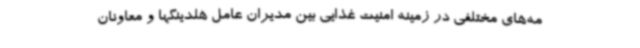
مه‌های مختلفی در زمینه امنیت غذایی بین مدیران عامل هلدینگها و معاونان